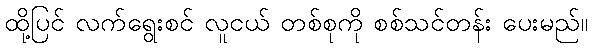
ထို့ပြင် လက်ရွေးစင် လူငယ် တစ်စုကို စစ်သင်တန်း ပေးမည်။